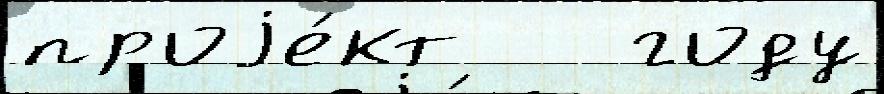
проjе́кт   году